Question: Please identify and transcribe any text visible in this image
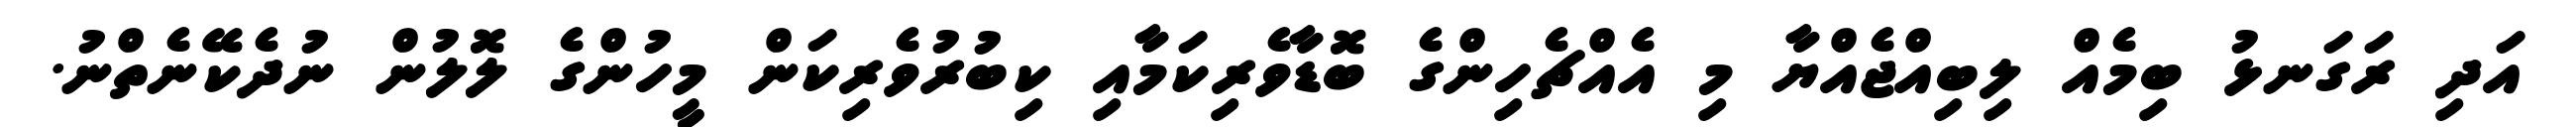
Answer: އަދި ރަގަނޅު ބިމެއް ލިބިއްޖެއްޔާ މި އެއްޗެހިންގެ ބޮޑާވެރިކަމާއި ކިބުރުވެރިކަން މީހުންގެ ލޮލުން ނުދެކޭނެތްނު.